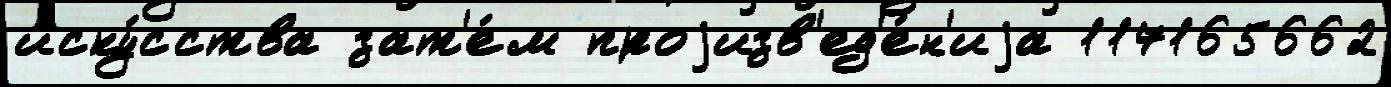
иску́сства зат'е́м проjизв'ед'е́н'иjа 117165662